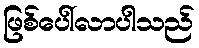
ဖြစ်ပေါ်လာပါသည်